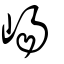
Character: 崵